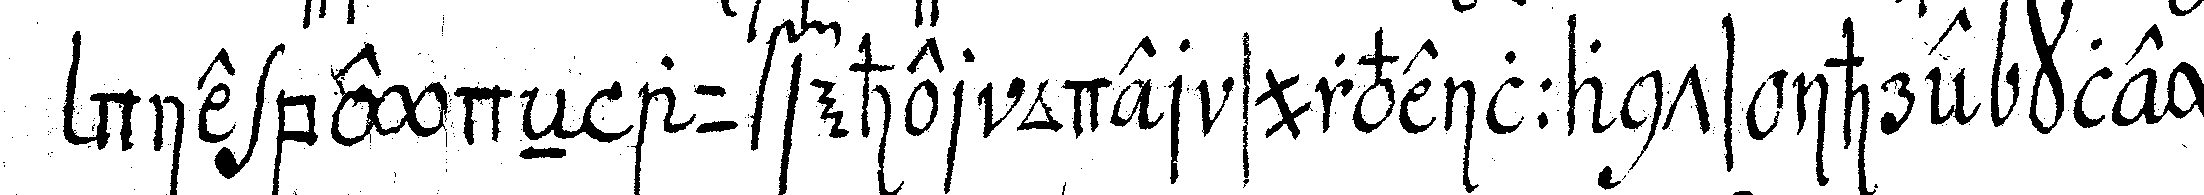
die beydeN aufseher oder surveillants ihre kley